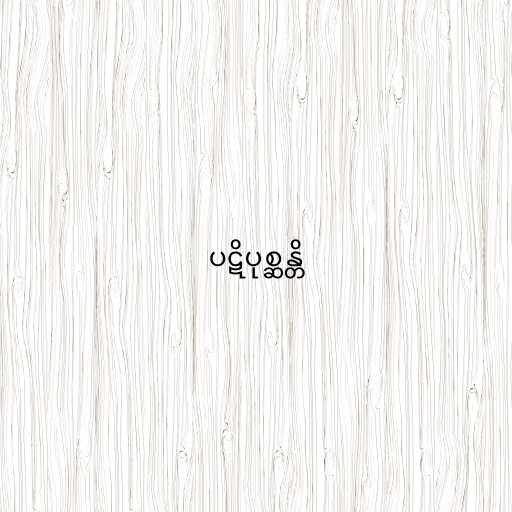
ပဋိပုစ္ဆန္တိ